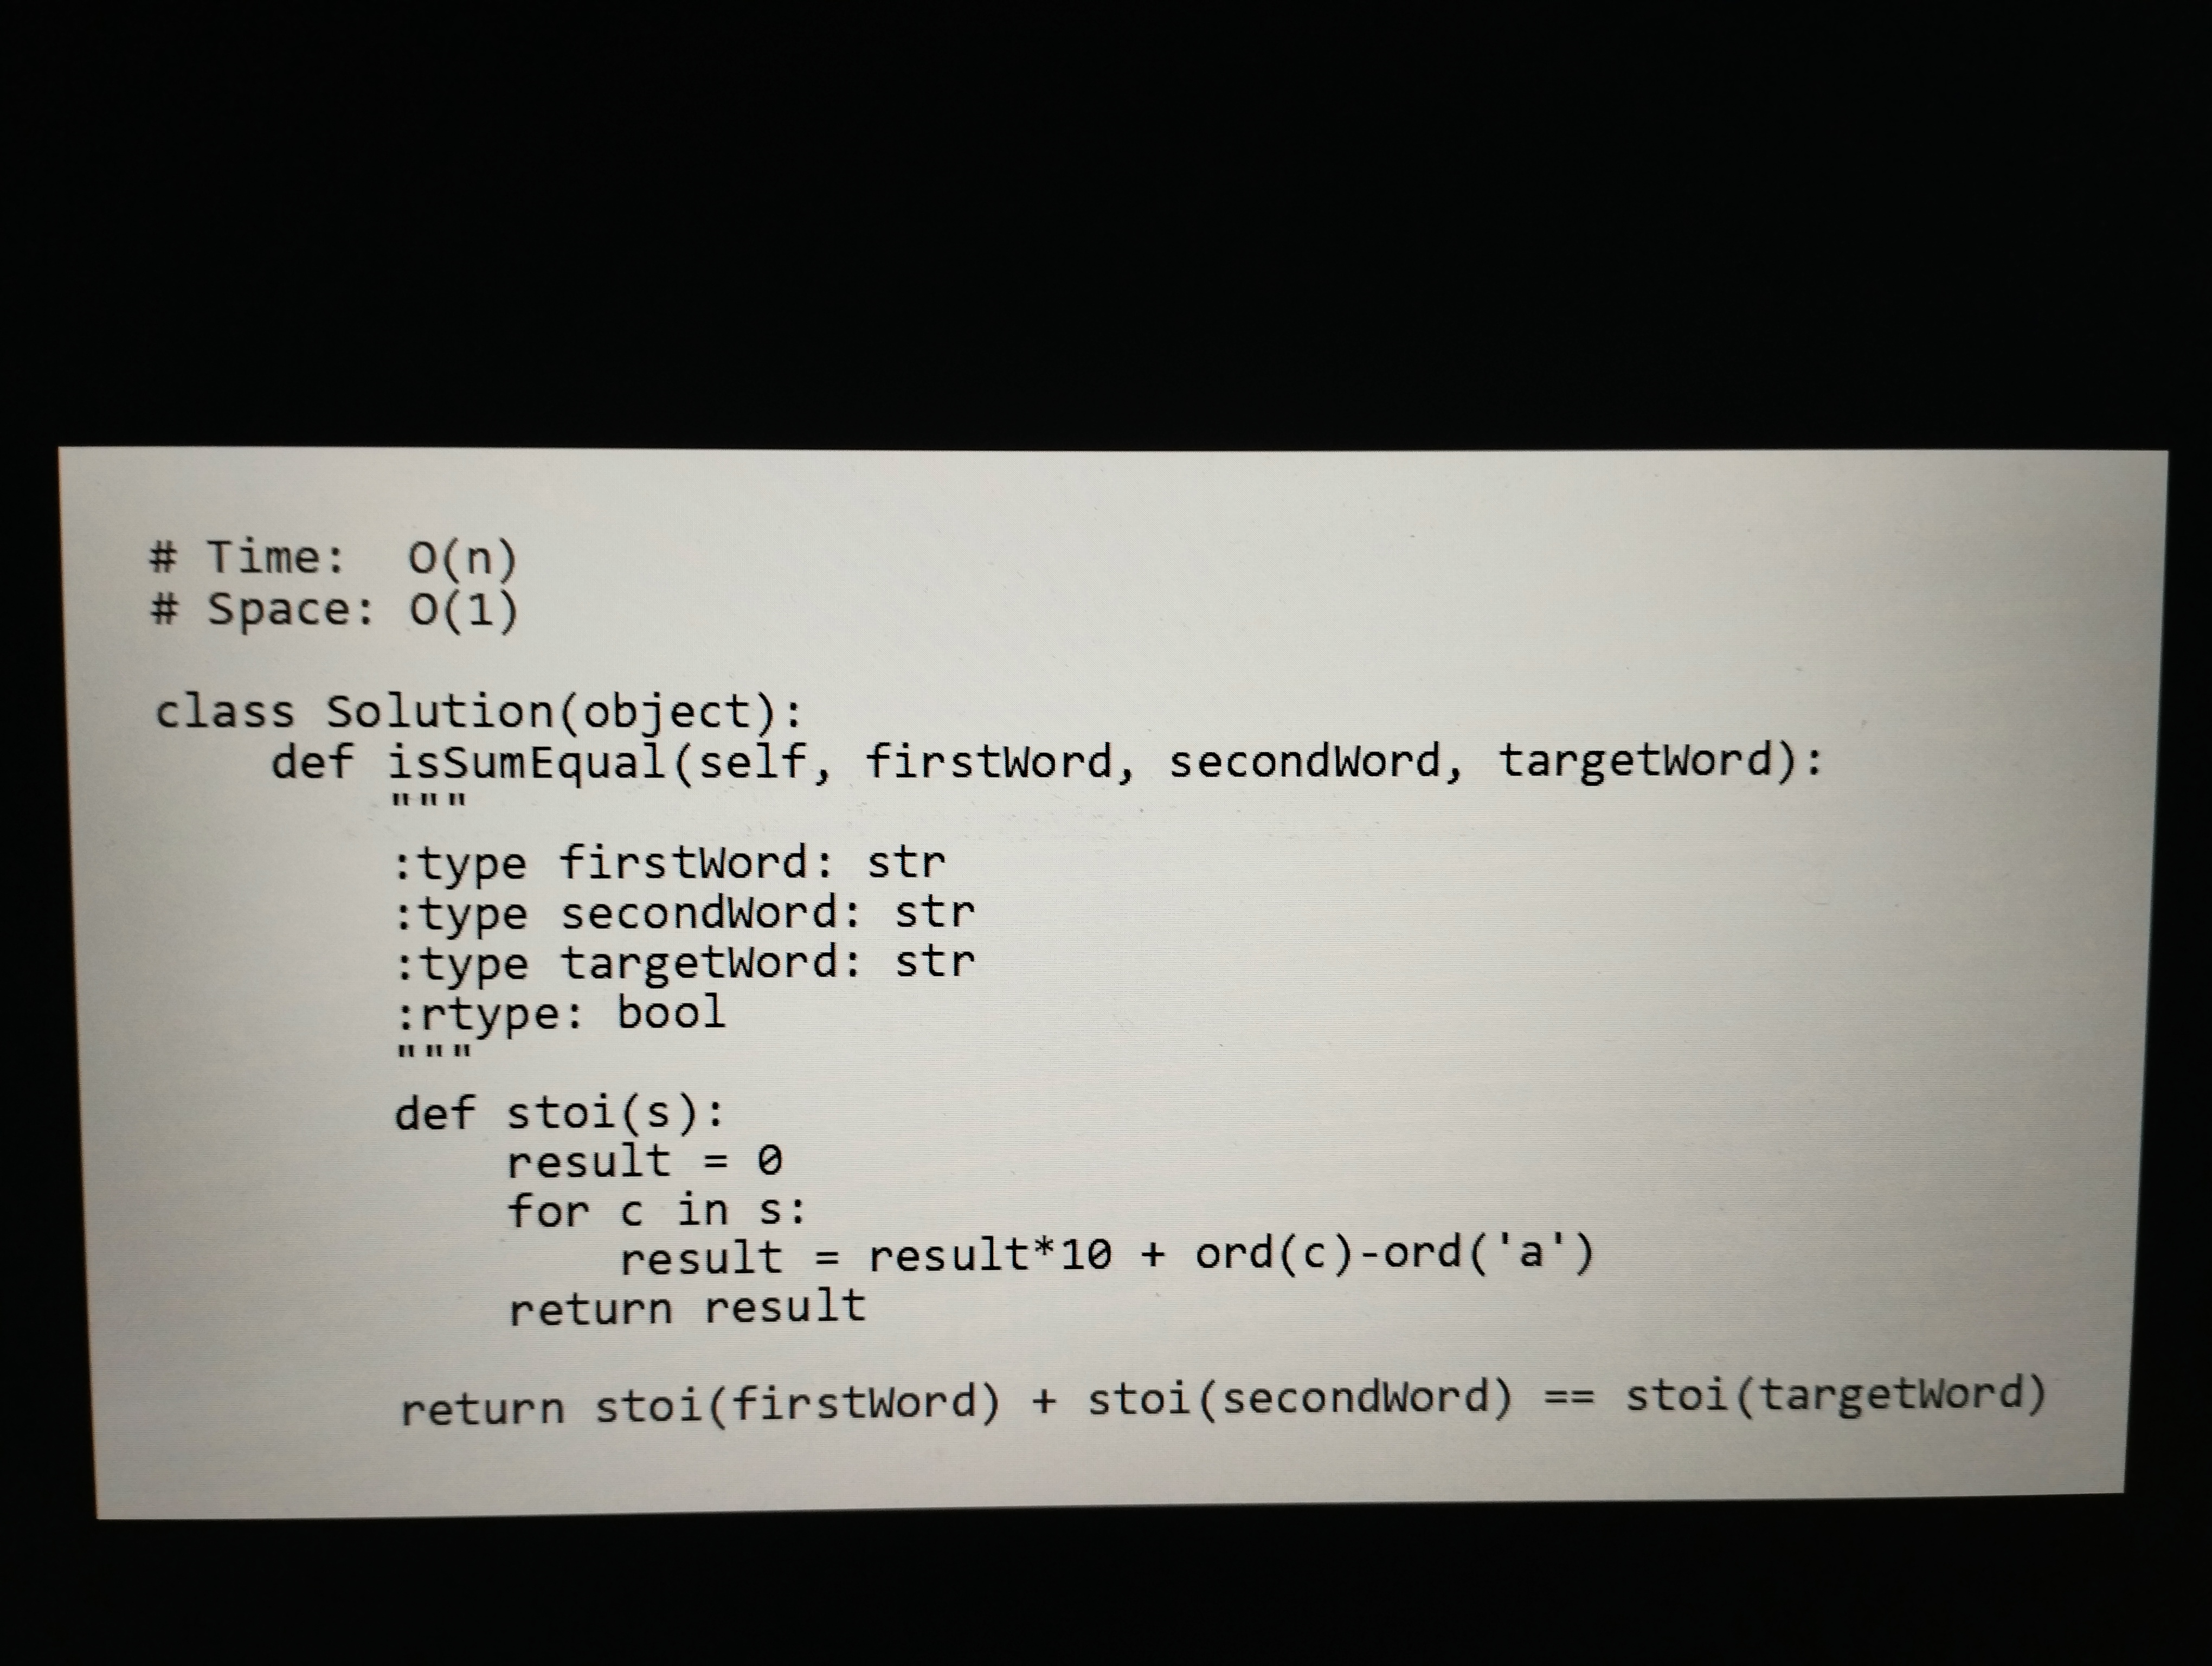
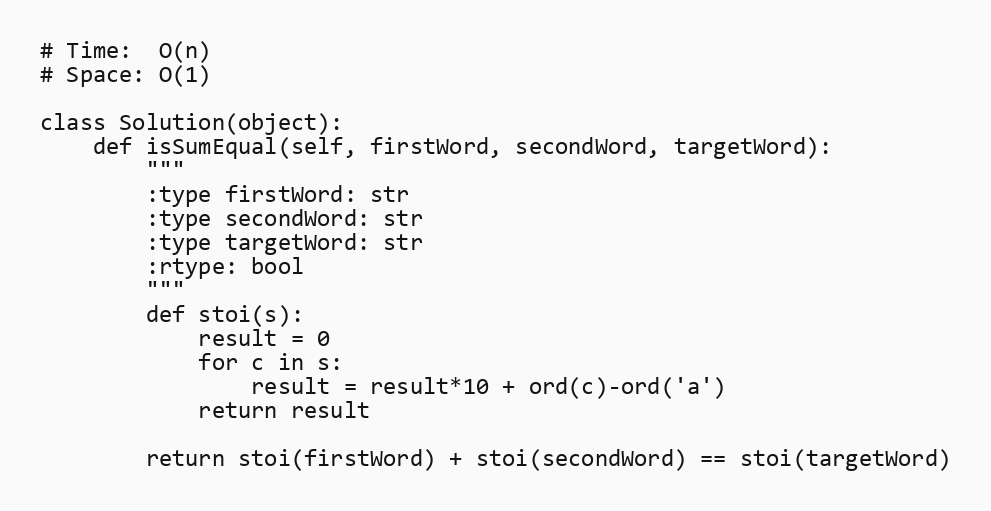
# Time:  O(n)
# Space: O(1)

class Solution(object):
    def isSumEqual(self, firstWord, secondWord, targetWord):
        """
        :type firstWord: str
        :type secondWord: str
        :type targetWord: str
        :rtype: bool
        """
        def stoi(s):
            result = 0
            for c in s:
                result = result*10 + ord(c)-ord('a')
            return result

        return stoi(firstWord) + stoi(secondWord) == stoi(targetWord)